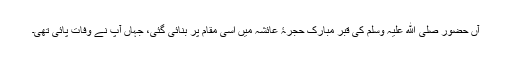
آں حضور صلی ﷲ علیہ وسلم کی قبر مبارک حجرۂ عائشہ میں اسی مقام پر بنائی گئی، جہاں آپ نے وفات پائی تھی۔